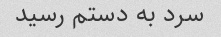
سرد به دستم رسید